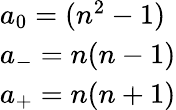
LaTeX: \begin{array}{lcr}{{a_{0}=({n^{2}}-1)}}\\ {{a_{-}=n(n-1)}}\\ {{a_{+}=n(n+1)}}\end{array}